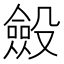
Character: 𣫍